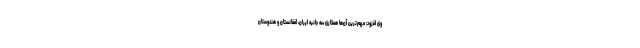
وی افزود: مهم‌ترین آن‌ها همکاری سه جانبه ایران، افغانستان و هندوستان